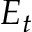
E _ { t }